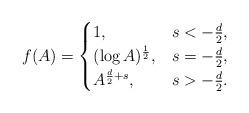
LaTeX: \begin{align*}f(A) = \begin{cases}1, & s < -\frac d 2, \\(\log A)^\frac 12, & s = -\frac d 2, \\A^{\frac{d}{2} +s}, & s > -\frac d 2.\end{cases}\end{align*}